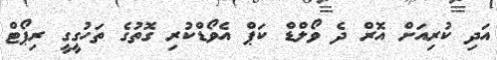
އަދި ކުރިއަށް އޮރް ދެ ވޯލްޑް ކަޕް އެވޯޑްކުރި ގޮތުގެ ތަހުގީގީ ރިޕޯޓް